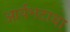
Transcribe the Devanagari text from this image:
आर्यभटाचा